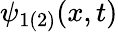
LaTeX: \psi_{1(2)}(x,t)